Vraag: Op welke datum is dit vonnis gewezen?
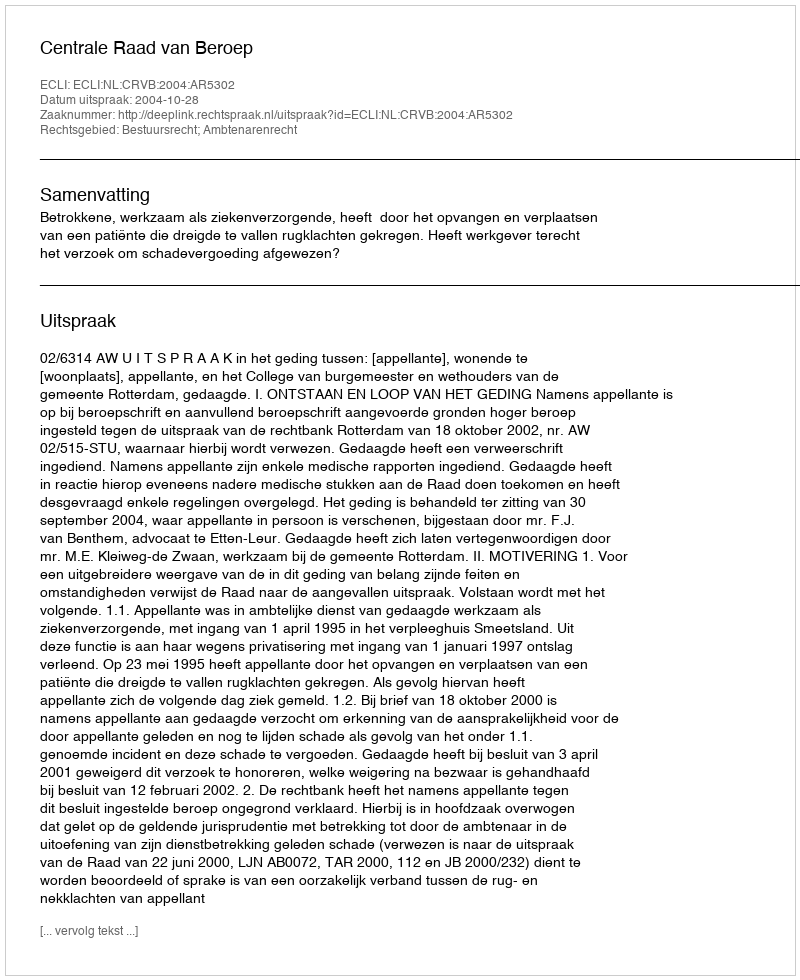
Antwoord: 2004-10-28